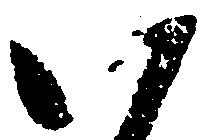
八